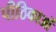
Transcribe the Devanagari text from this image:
पीठिकाओं